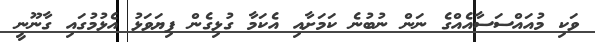
ވަކި މުއައްސަސާއެއްގެ ނަން ނުބުނެ ކަމަށާއި އެކަމާ ގުޅިގެން ފިޔަވަޅު އެޅުމުގައި ގާނޫނީ